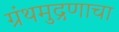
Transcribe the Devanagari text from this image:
ग्रंथमुद्रणाचा